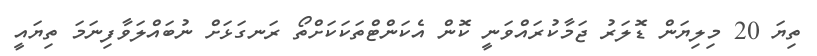
ތިޔަ 20 މިލިޔަން ޑޮލަރު ޖަމާކުރައްވަނީ ކޮން އެކަންޓްތަކަކަށްތޯ ރަނގަޅަށް ނުބައްލަވާފިނަމަ ތިޔައީ